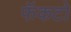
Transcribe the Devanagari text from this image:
फॅकटो